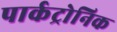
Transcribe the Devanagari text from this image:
पार्कट्रोनिक